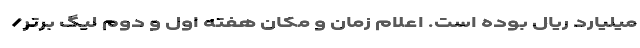
میلیارد ریال بوده است. اعلام زمان و مکان هفته اول و دوم لیگ برتر/